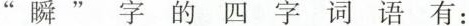
”瞬”字的四字词语有：